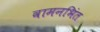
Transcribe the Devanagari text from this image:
वामनभिंत